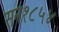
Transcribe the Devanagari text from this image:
सन१८५४